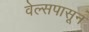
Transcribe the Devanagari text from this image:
वेल्सपासून